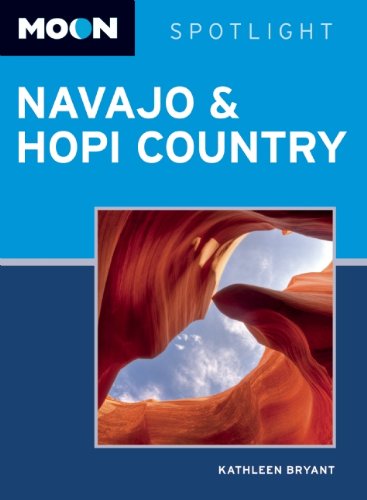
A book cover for Moon Spotlight Navajo & Hopi Country: Including Sedona & Flagstaff; Kathleen Bryant; Travel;